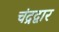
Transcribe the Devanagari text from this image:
चंद्रद्वार